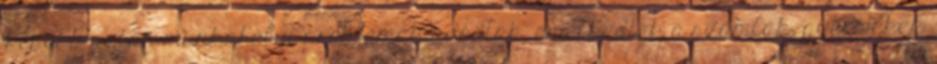
Később aztán munkahelyi problémák adódtak, emelkedtek a számlák, gyermekek